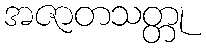
အဇာတသတ္တု